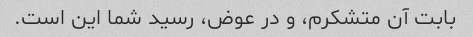
بابت آن متشکرم، و در عوض، رسید شما این است.